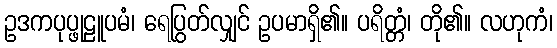
ဥဒကပုပ္ဖုဠူပမံ၊ ရေပြွတ်လျှင် ဥပမာရှိ၏။ ပရိတ္တံ၊ တို၏။ လဟုကံ၊